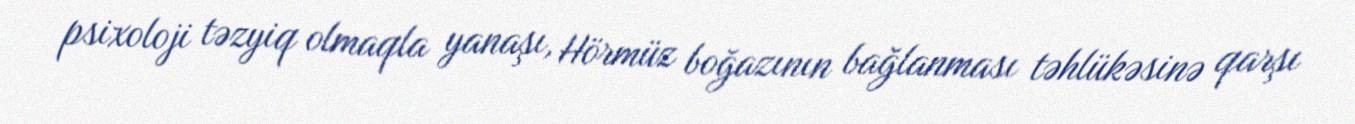
psixoloji təzyiq olmaqla yanaşı, Hörmüz boğazının bağlanması təhlükəsinə qarşı